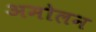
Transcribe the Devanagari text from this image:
अमोलन